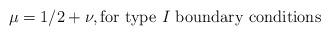
LaTeX: \begin{align*}\mu = 1/2 + \nu, \mbox{for type $I$ boundary conditions}\end{align*}